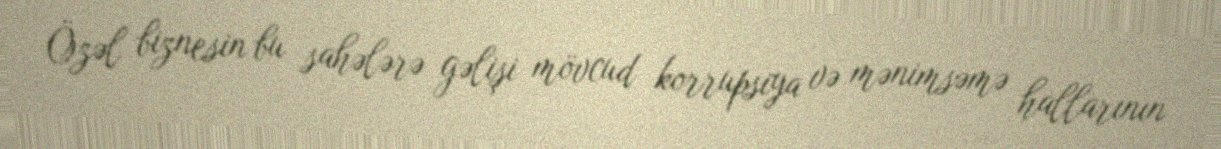
Özəl biznesin bu sahələrə gəlişi mövcud korrupsiya və mənimsəmə hallarının